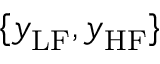
\{ \boldsymbol { y } _ { \mathrm { L F } } , \boldsymbol { y } _ { \mathrm { H F } } \}